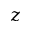
z